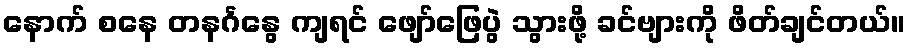
နောက် စနေ တနင်္ဂနွေ ကျရင် ဖျော်ဖြေပွဲ သွားဖို့ ခင်ဗျားကို ဖိတ်ချင်တယ်။